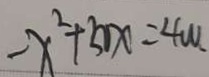
- x ^ { 2 } + 3 x = 4 w